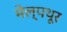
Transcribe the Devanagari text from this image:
मेल्पथूर